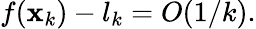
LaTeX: f(\mathbf{x}_{k})-l_{k}=O(1/k).